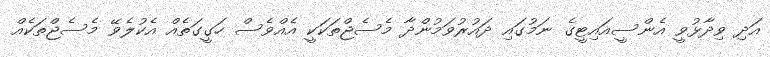
އަދި ވިދާޅުވީ އެންސީއައިޓީގެ ނަމުގައި ދައުރުވަމުންދާ މެސެޖްތަކަކީ އެއްވެސް ހަގީގަތެއް އެކުލެވޭ މެސެޖްތަކެއް